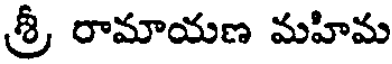
శ్రీ రామాయణ మహిమ